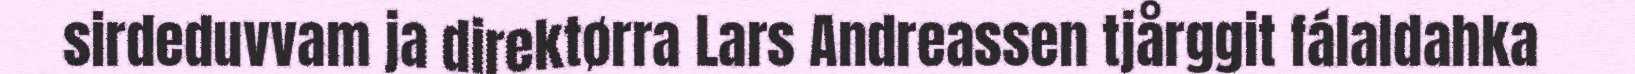
sirdeduvvam ja direktørra Lars Andreassen tjårggit fálaldahka